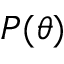
P ( \theta )